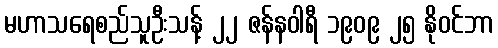
မဟာသရေစည်သူဦးသန့် ၂၂ ဇန်နဝါရီ ၁၉၀၉ ၂၅ နိုဝင်ဘာ